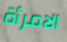
الامرأة